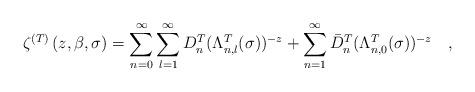
LaTeX: \begin{align*}\zeta^{(T)}\left(z,\beta, \sigma \right)=\sum_{n=0}^{\infty}\sum_{l=1}^{\infty} D^{T}_{n}(\Lambda^{T}_{n,l}(\sigma))^{-z}+\sum_{n=1}^{\infty}\bar{D}^{T}_{n}(\Lambda^{T}_{n,0}(\sigma))^{-z}~~~,\end{align*}